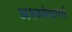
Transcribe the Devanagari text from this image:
अश्वमेधपर्व